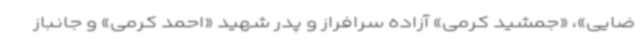
ضایی»، «جمشید کرمی» آزاده سرافراز و پدر شهید «احمد کرمی» و جانباز